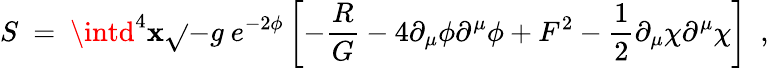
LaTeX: S~=~\intd^{4}\mathbf{x}\sqrt{}{{-g}}~e^{-2\phi}\left[-\frac{{R}}{{G}}-4\partial_{\mu}\phi\partial^{\mu}\phi+F^{2}-\frac{{1}}{{2}}\partial_{\mu}\chi\partial^{\mu}\chi\right]~~,